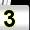
Digit: 3